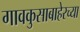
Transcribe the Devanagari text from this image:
गावकुसाबाहेरच्या